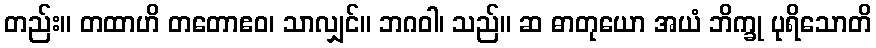
တည်း။ တထာဟိ တတောဧဝ၊ သာလျှင်။ ဘဂဝါ၊ သည်။ ဆ ဓာတုယော အယံ ဘိက္ခု ပုရိသောတိ